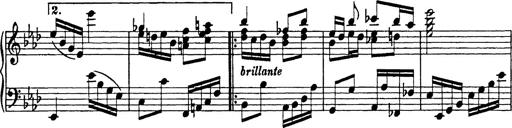
Title: 8 Variations
Composer: Franz Liszt
Key: A-flat major